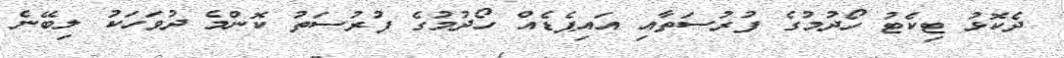
ދެކޮޅު ޓިކެޓު ހޯދުމުގެ ފުރުސަތާއި އައިޕެޑެއް ހޯދުމުގެ ފުރުސަތު ކޮންމެ ދުވަހަކު ލިބޭނެ